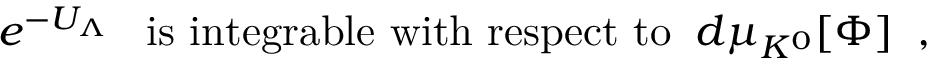
e ^ { - U _ { \Lambda } } \; \; \; \mathrm { i s ~ i n t e g r a b l e ~ w i t h ~ r e s p e c t ~ t o } \; \; d \mu _ { K ^ { 0 } } [ \Phi ] \; \; ,